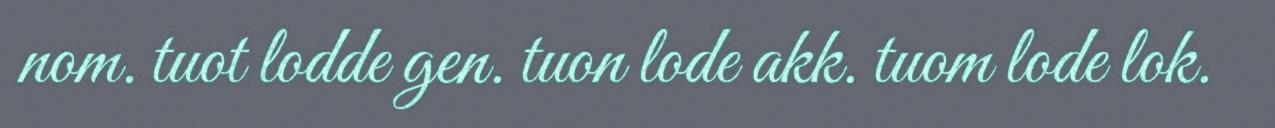
nom. tuot lodde gen. tuon lode akk. tuom lode lok.